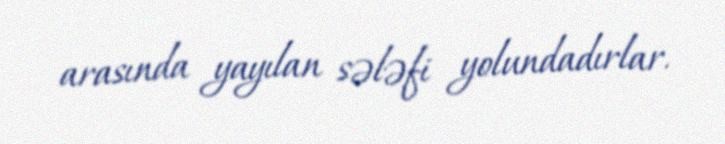
arasında yayılan sələfi yolundadırlar.